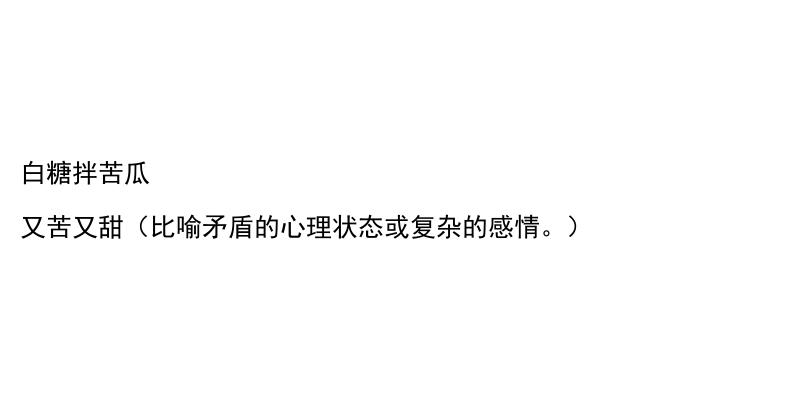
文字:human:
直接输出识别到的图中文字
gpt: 白糖拌苦瓜 又苦又甜（比喻矛盾的心理状态或复杂的感情。）